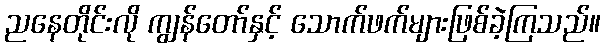
ညနေတိုင်းလို ကျွန်တော်နှင့် သောက်ဖက်များဖြစ်ခဲ့ကြသည်။